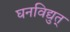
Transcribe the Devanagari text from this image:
घनविद्युत्